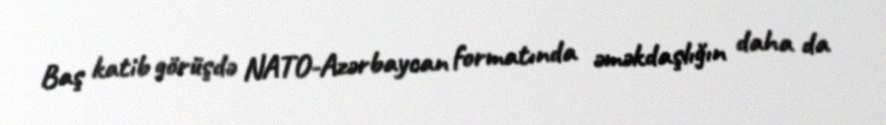
Baş katib görüşdə NATO-Azərbaycan formatında əməkdaşlığın daha da